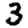
Digit: 3